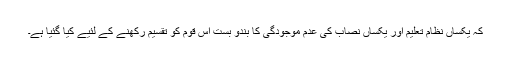
کہ یکساں نظام تعلیم اور یکساں نصاب کی عدم موجودگی کا بندو بست اس قوم کو تقسیم رکھنے کے لئیے کیا گئیا ہے۔